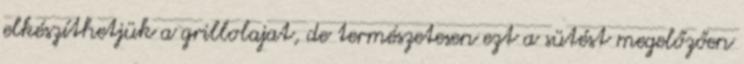
elkészíthetjük a grillolajat, de természetesen ezt a sütést megelőzően